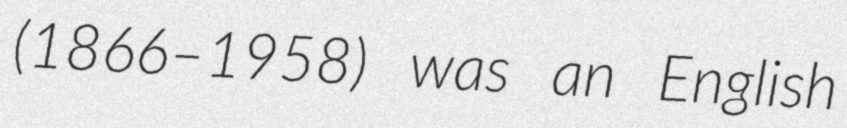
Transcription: (1866–1958) was an English